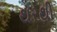
થરથી